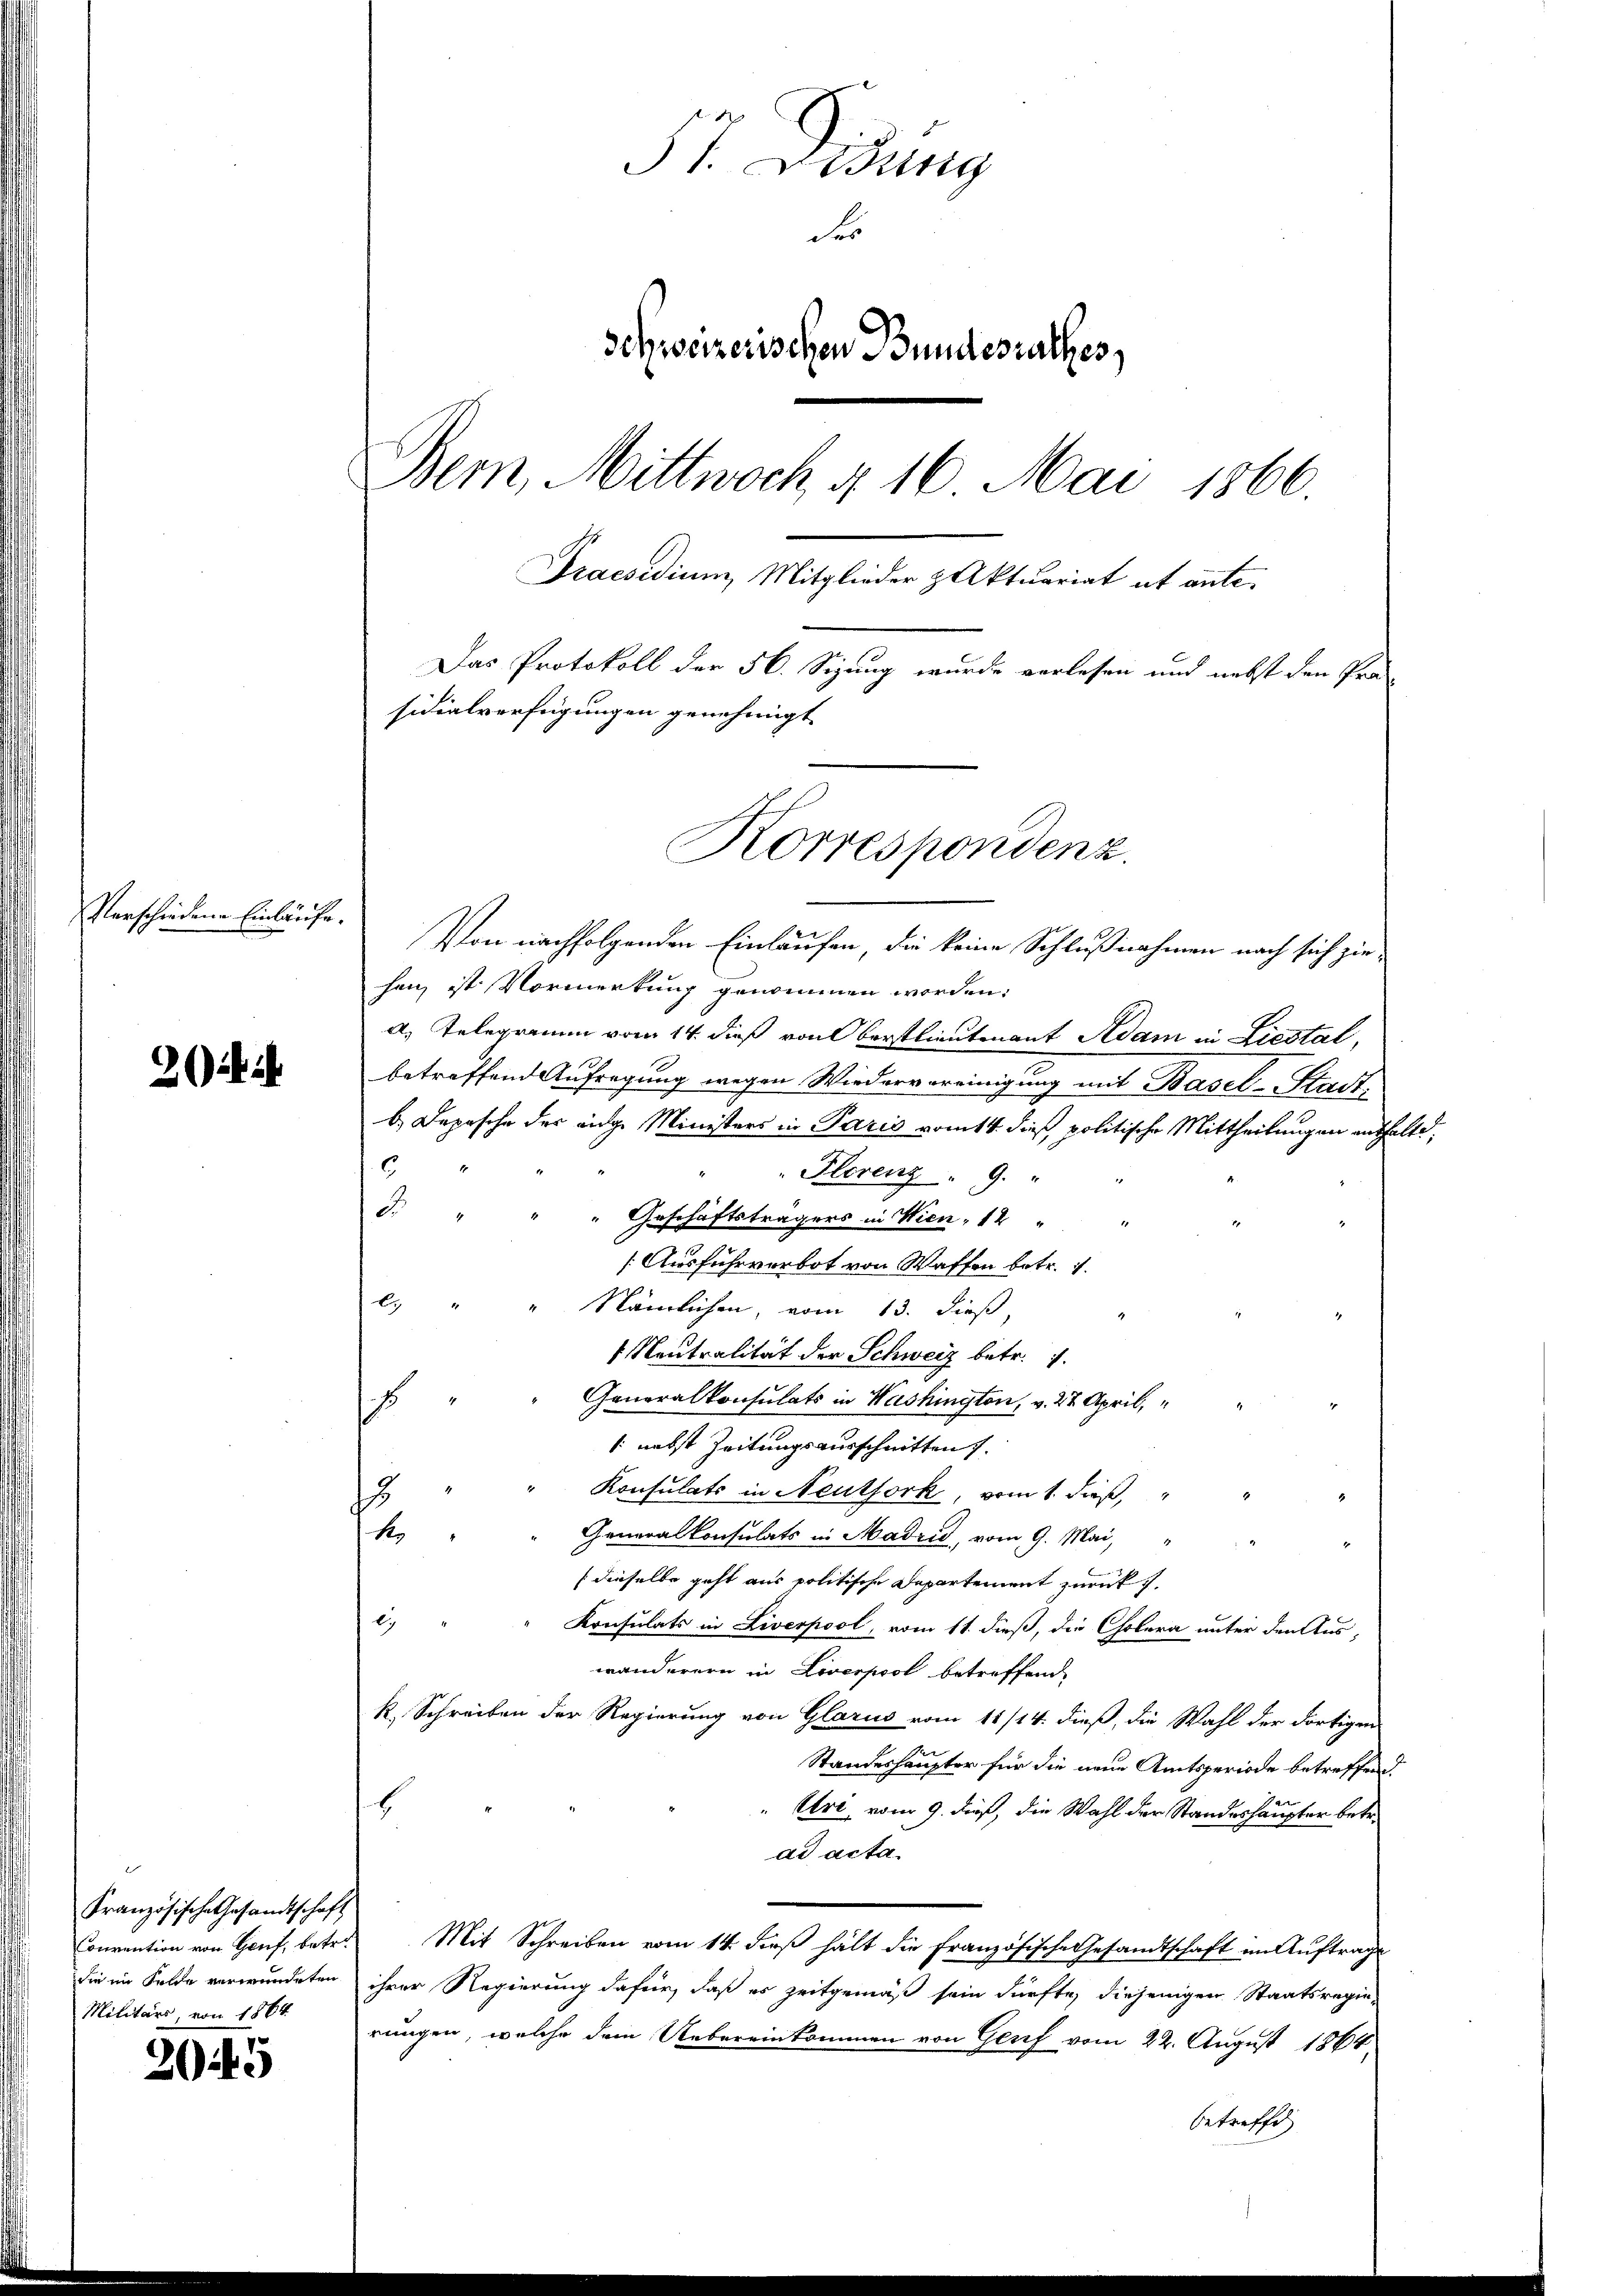
Verschiedene Einlaufe.

)

Französische Gesandtschaft
Convention von Hauf, betre
Militärs, von 1864.

2045

St. Lisung
Fr
Schweizerischen Bundesrathes,
Bern, Mittwoch § 16 Mai 1866.
Praesidium, Mitglieder z Aktuariat ab ante¬
Das Protokoll der 56. Sizung wurde verlesen und nebst den Prä-
sidialverfügungen genehmigt

Von nachfolgenden Einlaufen, die keine Schlußnahmen nach sich ziehen, ist Vormerkung genommen worden:
a. Telegramm vom 14. dieß von Verstlieutenant Sedam in Liestal,
betreffend Aufregung wegen Wiedervereinigung mit Basel-Stadtb. Depesche der eige Ministers in Paris vom 14. dieß politische Mittheilungen enthalte,
6
Florenz  9 "
d. " " " Geschäftsträgers in Wien, 14 " "
[Ausführverbot von Waffen betr. 7.
xx
Nämlichen, vom 13. dieß,
 Neutralität der Schweiz betr. 7.
Generalkonsulats in Washington, v. 27. April,
s
 nebst Zeitungsausschnitten.
Konsulats in Neuthork, vom 1. dieß,
8
k
Generalkonsulats in Madrid, vom 9. Mai,
(dieselbe geht aus politische Departement zurück u.
c. " " Konsulats in Liverpool, vom 11. dieß, die Cholera unter den Aus-
wanderern in Liverpool betreffend,
k. Schreiben der Regierung von Glarus vom 11/14. dieß, die Wahl der dortigen
Standeshaupter für die neue Amtsperiode betreffend.
6
Uri, vom 9. dieß, die Wahl der Standeshäupter betr.
ad acta.
Mit Schreiben vom 14. dieß hält die Französische Gesandtschaft im Auftrag
die im Felde verwundeten ihrer Regierung dafür, daß er zeitgemäß sein dürfte, diejenigen Staatsregierungen, welche dem Uebereinkommen von Genf vom 22. August 1864,
betreffe

Korrespondenz.